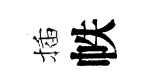
插帙